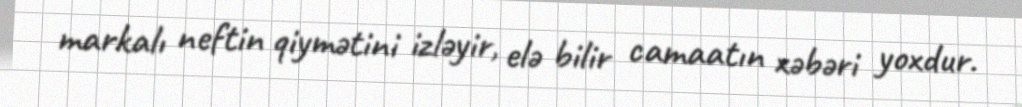
markalı neftin qiymətini izləyir, elə bilir camaatın xəbəri yoxdur.